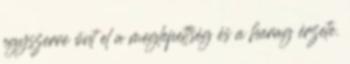
egyszerre önt el a meglepettség és a harag érzete.